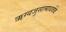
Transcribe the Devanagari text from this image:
ऋग्यजुसामाथर्वके